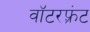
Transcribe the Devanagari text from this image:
वॉटरफ़्रंट